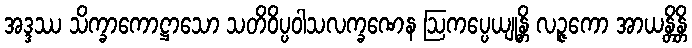
အဒ္ဒဿ သိက္ခာကောဋ္ဌာသော သတိဝိပ္ပဝါသလက္ခဏေန ဩကပ္ပေယျုန္တိ လဉ္ဇကော အာယန္တိန္တိ